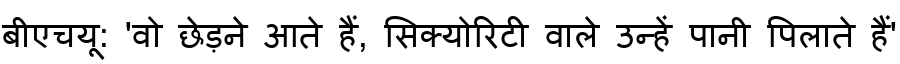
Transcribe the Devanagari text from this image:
बीएचयू: 'वो छेड़ने आते हैं, सिक्योरिटी वाले उन्हें पानी पिलाते हैं'